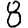
Digit: 8